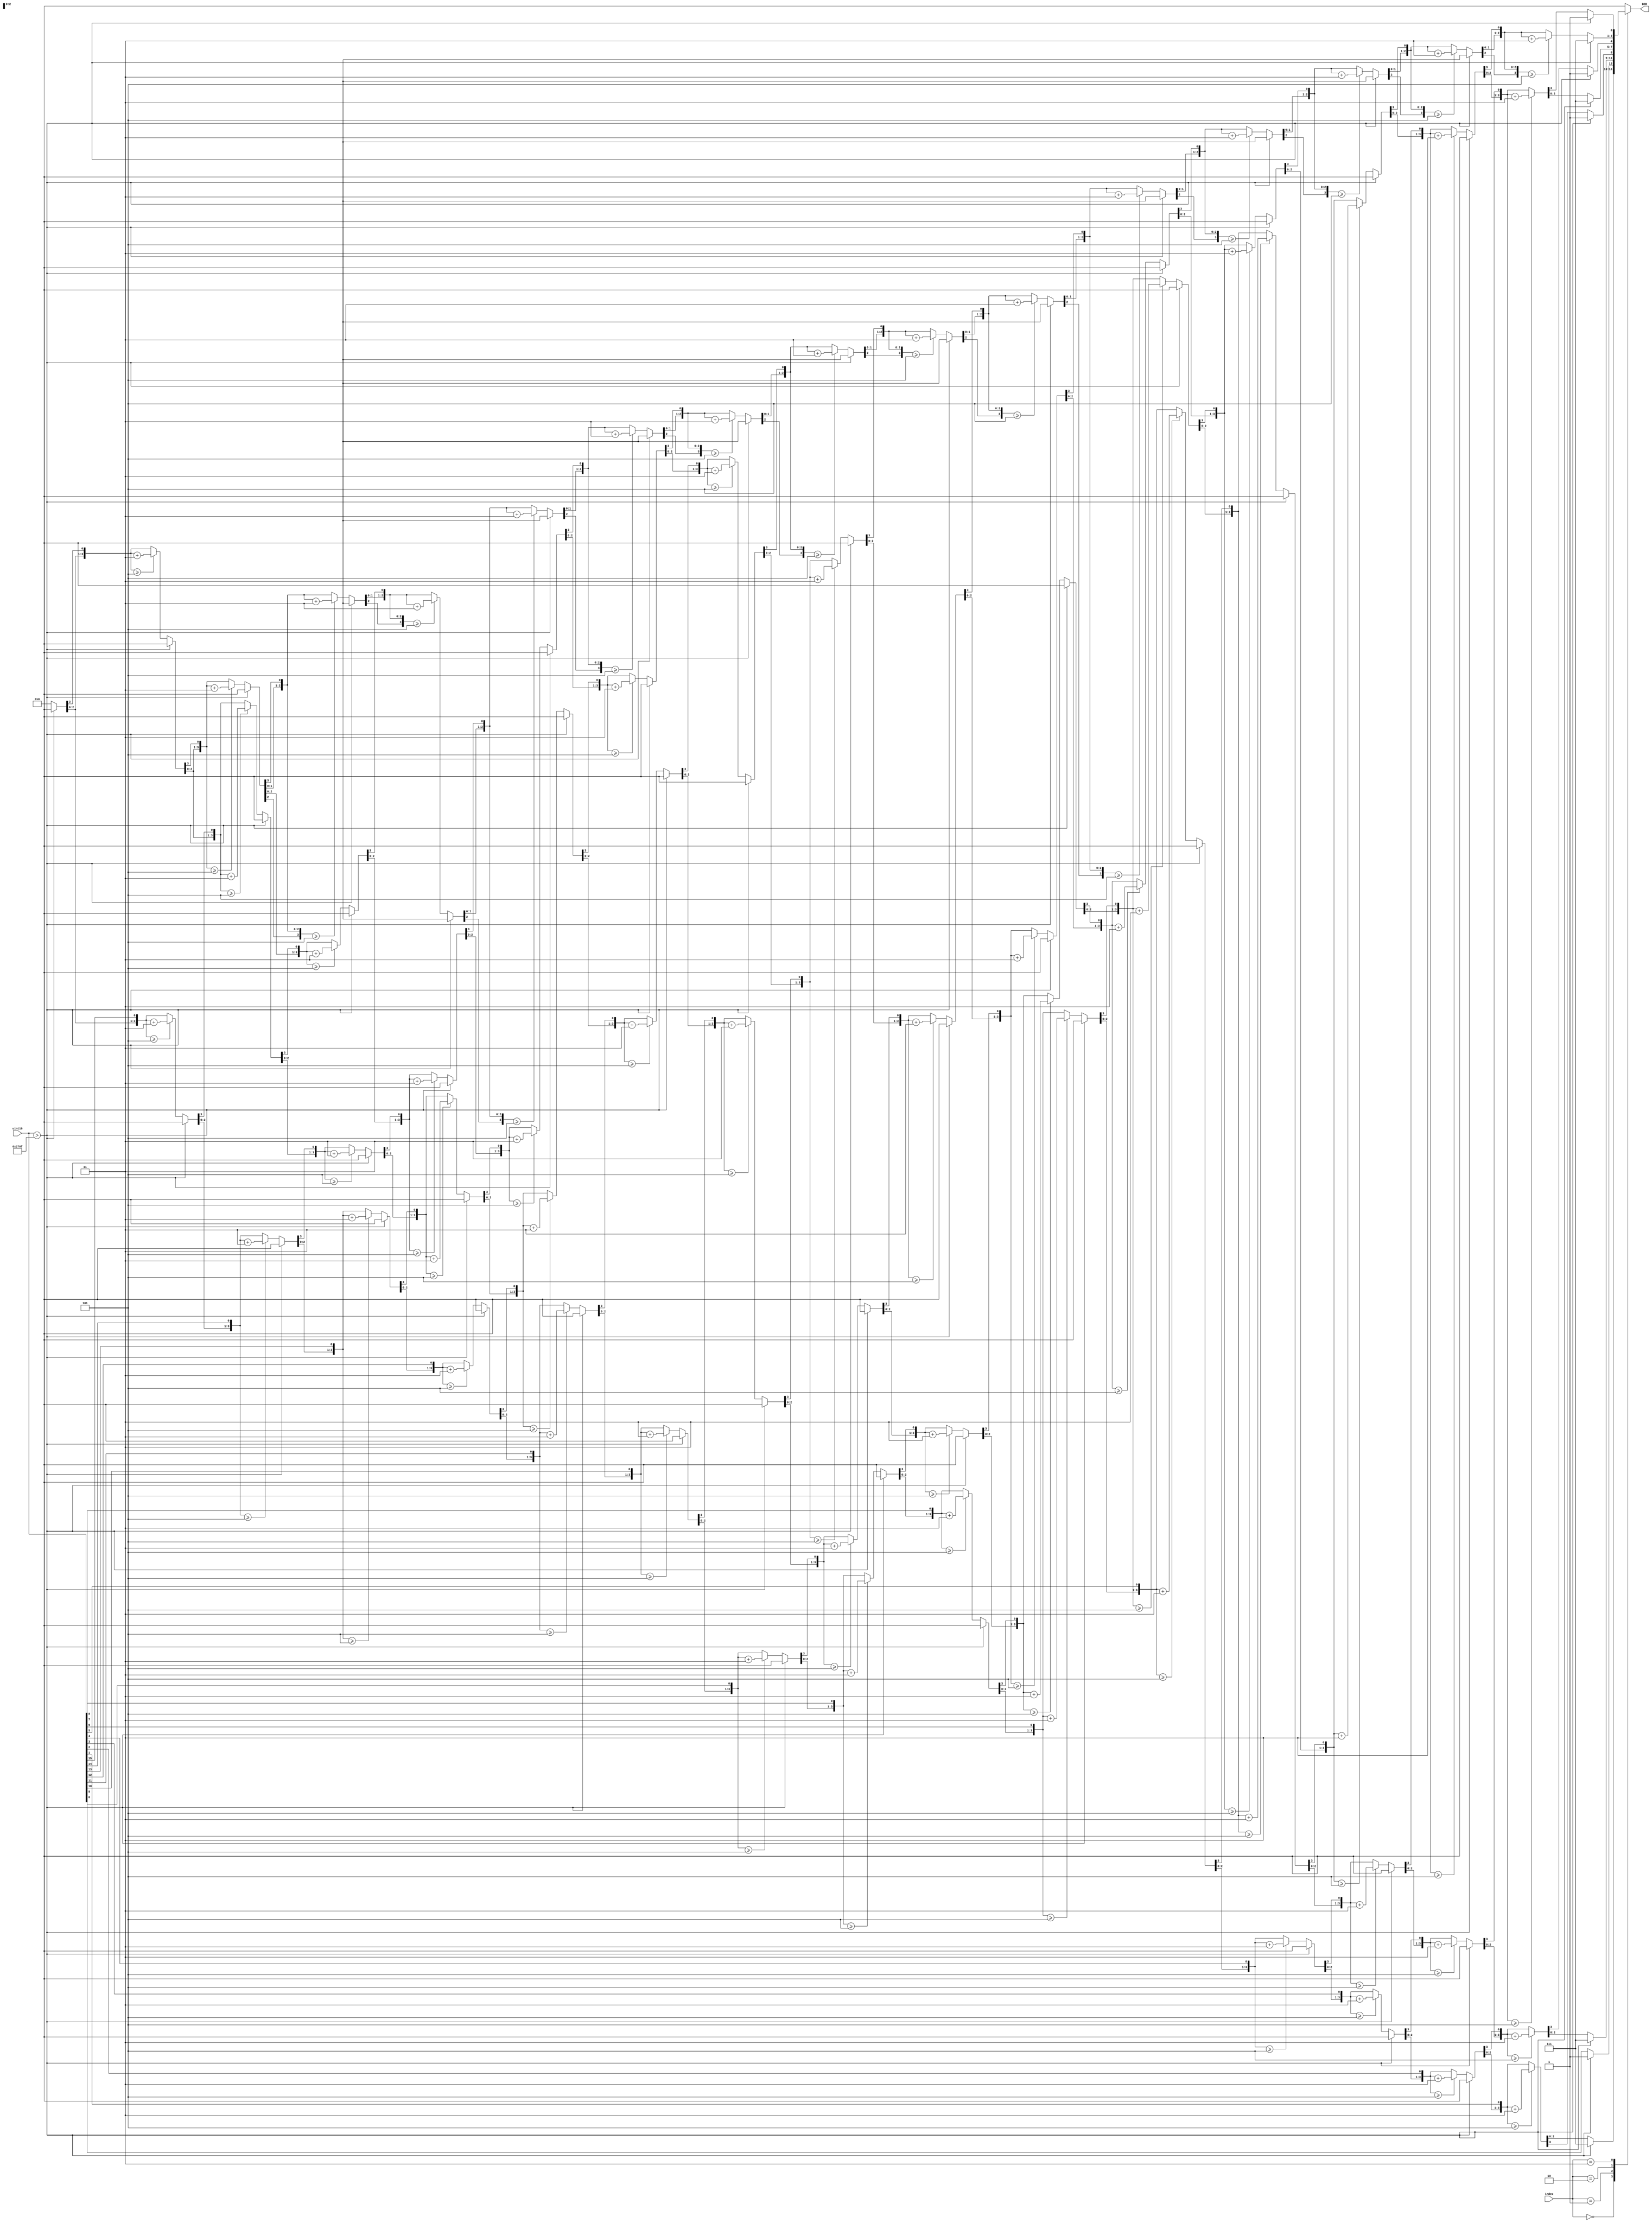
  `timescale 1ns / 1ps
//////////////////////////////////////////////////////////////////////////////////
// Module Name:    uint14to4bcd 
// Description: 	 Converter for decimal numbers to binary coded decimal numbers (bcd)
//////////////////////////////////////////////////////////////////////////////////

		/*
		 * Note : Algorithm for decimal to bcd was borrowed from
		 *			http://www.eng.utah.edu/~nmcdonal/Tutorials/BCDTutorial/BCDConversion.html
		 *			Algorithm was modified to account for digits up to 16834 but should be
		 *			further modified in external code for board specific needs such as the max
		 *			decimal number able to be accounted for is 9999. 
		 *			Further testing will be done with other algorithms for educational purposes,
		 *			however this algorithm will likely be more efficient than one that I can think
		 *			of myself.
		 */
		 
module uint16to4bcd(
    output reg [3:0] BCD,
	 input [1:0] index,
    input [15:0] uint16	//Number
    );
	 

	integer i;
	reg [3:0] BCD_array [0:3];
	always @(uint16) begin
		if(uint16 > 9999) begin
			BCD_array[2'b00] = 4'hF;
			BCD_array[2'b01] = 4'hF;
			BCD_array[2'b10] = 4'hF;
			BCD_array[2'b11] = 4'hF;
		end else begin 
			BCD_array[2'b00] = 4'd0;
			BCD_array[2'b01] = 4'd0;
			BCD_array[2'b10] = 4'd0;
			BCD_array[2'b11] = 4'd0;
			
			for(i = 15; i >=0; i = i - 1) begin
				//Add 3 if bcd is >= 5
				if(BCD_array[2'b11] >= 5)
					BCD_array[2'b11] = BCD_array[2'b11] + 3;
				if(BCD_array[2'b10] >= 5)
					BCD_array[2'b10] = BCD_array[2'b10] + 3;
				if(BCD_array[2'b01] >= 5)
					BCD_array[2'b01] =BCD_array[2'b01] + 3;
				if(BCD_array[2'b00] >= 5)
					BCD_array[2'b00] = BCD_array[2'b00] + 3;
				
				//Shift left 1
				BCD_array[2'b11] = BCD_array[2'b11] << 1;
				BCD_array[2'b11][0] = BCD_array[2'b10][3];
				BCD_array[2'b10] = BCD_array[2'b10] << 1;
				BCD_array[2'b10][0] = BCD_array[2'b01][3];
				BCD_array[2'b01] = BCD_array[2'b01] << 1;
				BCD_array[2'b01][0] = BCD_array[2'b00][3];
				BCD_array[2'b00] = BCD_array[2'b00] << 1;
				BCD_array[2'b00][0] = uint16[i];
			end
		end
		BCD = BCD_array[index];//Return desired BCD Digit.
	end
	
endmodule